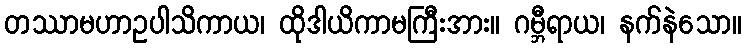
တဿာမဟာဥပါသိကာယ၊ ထိုဒါယိကာမကြီးအား။ ဂမ္ဘီရာယ၊ နက်နဲသော။